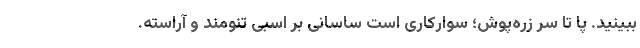
ببینید. پا تا سر زره‌پوش؛ سوارکاری است ساسانی بر اسبی تنومند و آراسته.